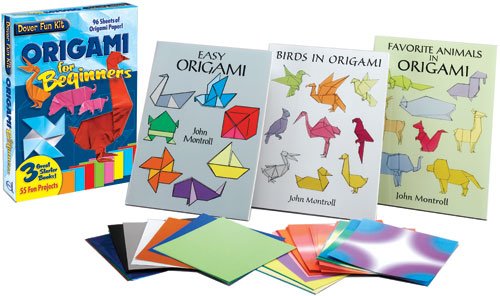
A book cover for Origami Fun Kit for Beginners (Dover Fun Kits); Dover; Crafts, Hobbies & Home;